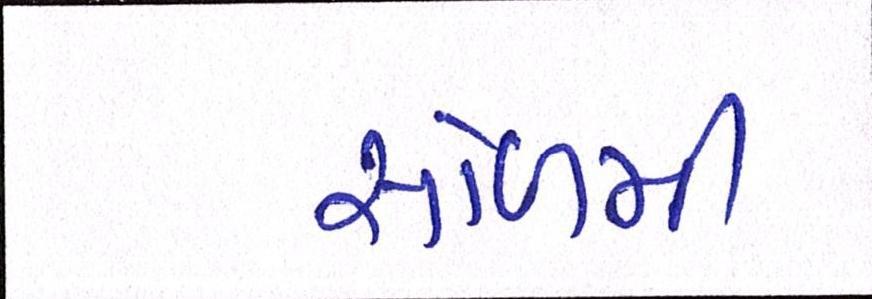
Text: સોળમી